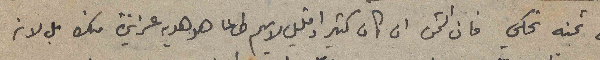
على ثمنه نحكي فان الثمن ان كان كثير او قليل لا يهم طالما هو هديه عزيزة منك بل لانه